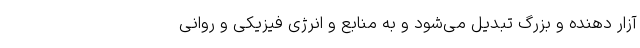
آزار دهنده و بزرگ تبدیل می‌شود و به منابع و انرژی فیزیکی و روانی